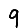
Digit: 9